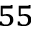
^ { 5 5 }